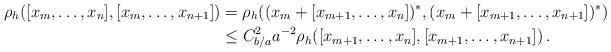
LaTeX: \begin{align*} \rho_h([x_m,\dots,x_n],[x_m,\dots,x_{n+1}]) &=\rho_h((x_m+[x_{m+1},\dots,x_n])^*,(x_m+[x_{m+1},\dots,x_{n+1}])^*)\\ &\leq C_{b/a}^2 a^{-2} \rho_h([x_{m+1},\dots,x_n],[x_{m+1},\dots,x_{n+1}])\,. \end{align*}